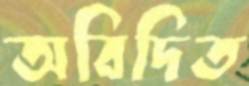
অবিদিত